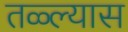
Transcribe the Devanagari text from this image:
तळ्ल्यास